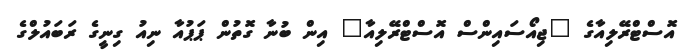
އޮސްޓްރޭލިއާގެ "ޖިއޯސައިންސް އޮސްޓްރޭލިއާ" އިން ބުނާ ގޮތުން ޕަޕުއާ ނިއު ގިނީގެ ރަބައުލްގެ